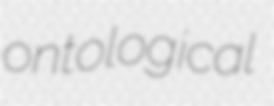
ontological